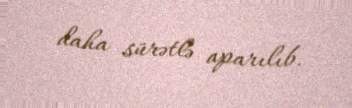
daha sürətlə aparılıb.